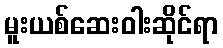
မူးယစ်ဆေးဝါးဆိုင်ရာ